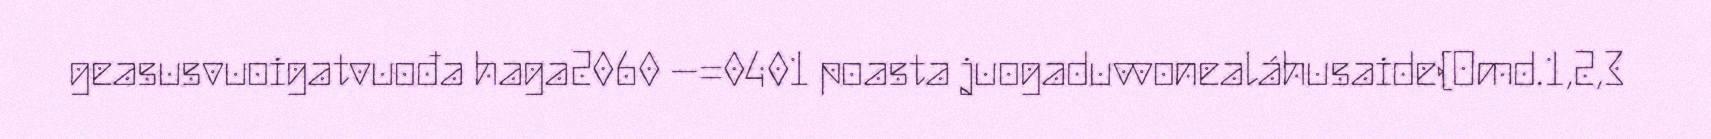
geasusvuoigatvuođa haga2060 –=0401 poasta juogaduvvonealáhusaide(Omd.1,2,3